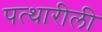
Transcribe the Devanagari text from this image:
पत्थारीली